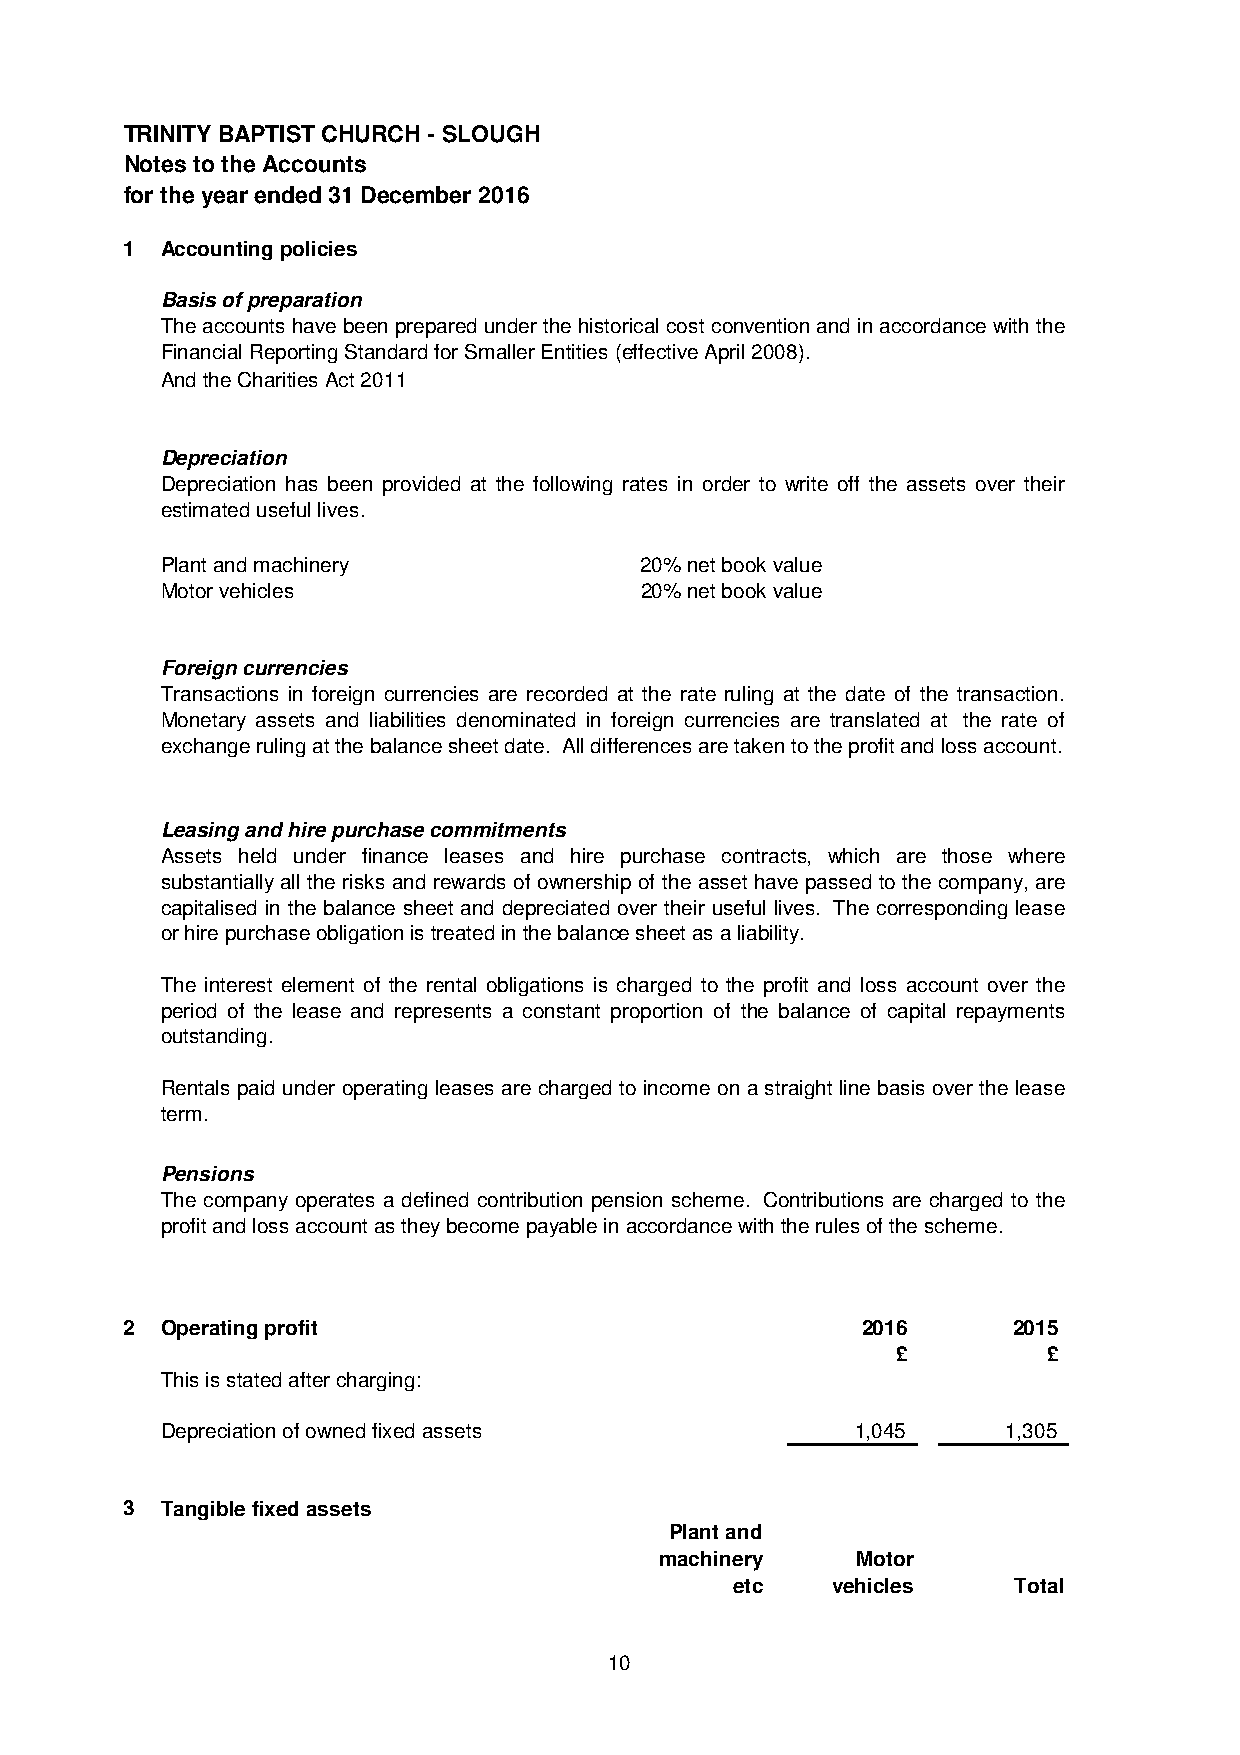
TRINITY BAPTIST CHURCH - SLOUGH
 Notes to the Accounts
 for the year ended 31 December 2016
 1  Accounting policies
 Basis of preparation
 Theaccountshavebeenpreparedunderthehistoricalcostconventionandinaccordancewiththe
 Financial Reporting Standard for Smaller Entities (effective April 2008).
 And the Charities Act 2011
 Depreciation
 Depreciation has been provided at the following rates in order to write off the assets over their
 estimated useful lives.
 Plant and machinery            20% net book value
 Motor vehicles                 20% net book value
 Foreign currencies
 Transactions in foreign currencies are recorded at the rate ruling at the date of the transaction.
 Monetary assets and liabilities denominated in foreign currencies are translated at the rate of
 exchange ruling at the balance sheet date. All differences are taken to the profit and loss account.
 Leasing and hire purchase commitments
 Assets held under finance leases and hire purchase contracts, which are those where
 substantiallyall the risks and rewards of ownership of the asset have passed to the company, are
 capitalised in the balance sheet and depreciated over their useful lives. The corresponding lease
 or hire purchase obligation is treated in the balance sheet as a liability.
 The interest element of the rental obligations is charged to the profit and loss account over the
 period of the lease and represents a constant proportion of the balance of capital repayments
 outstanding.
 Rentals paid under operating leases are charged to income on a straight line basis over the lease
 term.
 Pensions
 The company operates a defined contribution pension scheme. Contributions are charged to the
 profit and loss account as they become payable in accordance with the rules of the scheme.
 2  Operating profit                              2016      2015
 £         £
 This is stated after charging:
 Depreciation of owned fixed assets            1,045     1,305
 3  Tangible fixed assets
 Plant and
 machinery    Motor
 etc   vehicles    Total
 10